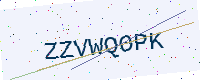
Text: ZZVWQ0PK